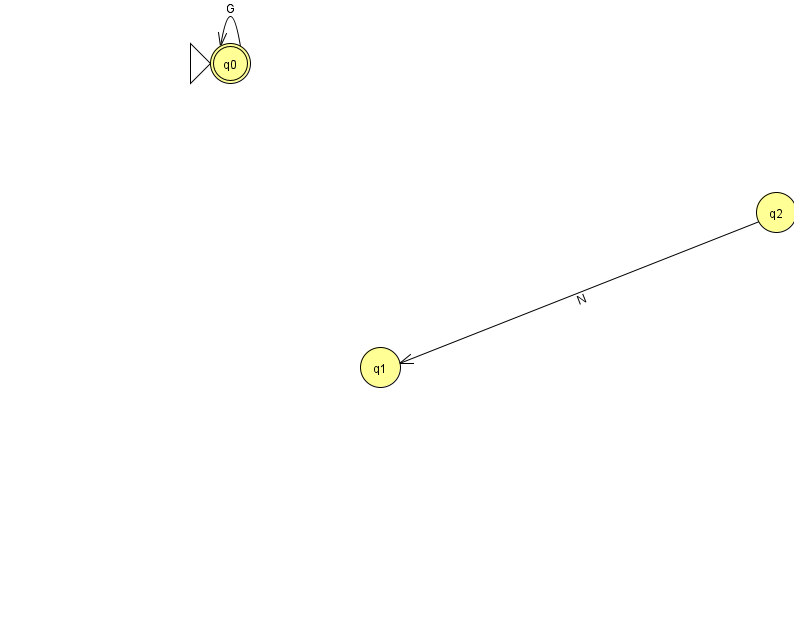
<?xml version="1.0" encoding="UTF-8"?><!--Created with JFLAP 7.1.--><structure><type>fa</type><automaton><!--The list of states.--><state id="0" name="q0"><x>230.0</x><y>50.0</y><initial/><final/></state><state id="1" name="q1"><x>380.0</x><y>354.0</y></state><state id="2" name="q2"><x>776.0</x><y>199.0</y></state><!--The list of transitions.--><transition><from>0</from><to>0</to><read>G</read></transition><transition><from>2</from><to>1</to><read>N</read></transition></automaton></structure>